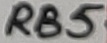
Text: RB5